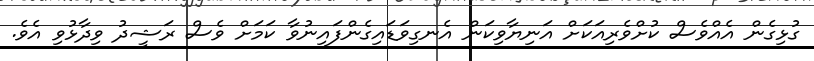
ގުޅިގެން އެއްވެސް ކުށްވެރިއަކަށް އަނިޔާވިކަން އެނގިވަޑައިގެންފައިނުވާ ކަމަށް ވެސް ރަޝީދު ވިދާޅުވި އެވެ.